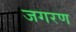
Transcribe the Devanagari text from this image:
जगरण